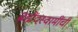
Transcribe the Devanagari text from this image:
ब्रह्मेंदस्वामींची